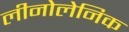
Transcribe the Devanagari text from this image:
लीनोलेनिक